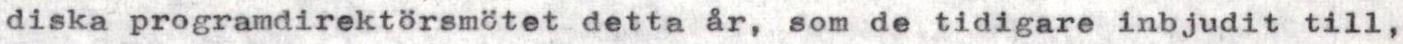
diska programdirektörsmötet detta år, som de tidigare inbjudit till,